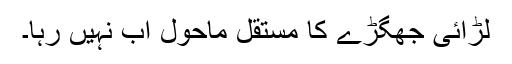
لڑائی جھگڑے کا مستقل ماحول اب نہیں رہا۔